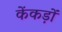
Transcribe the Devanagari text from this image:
केंकड़ों